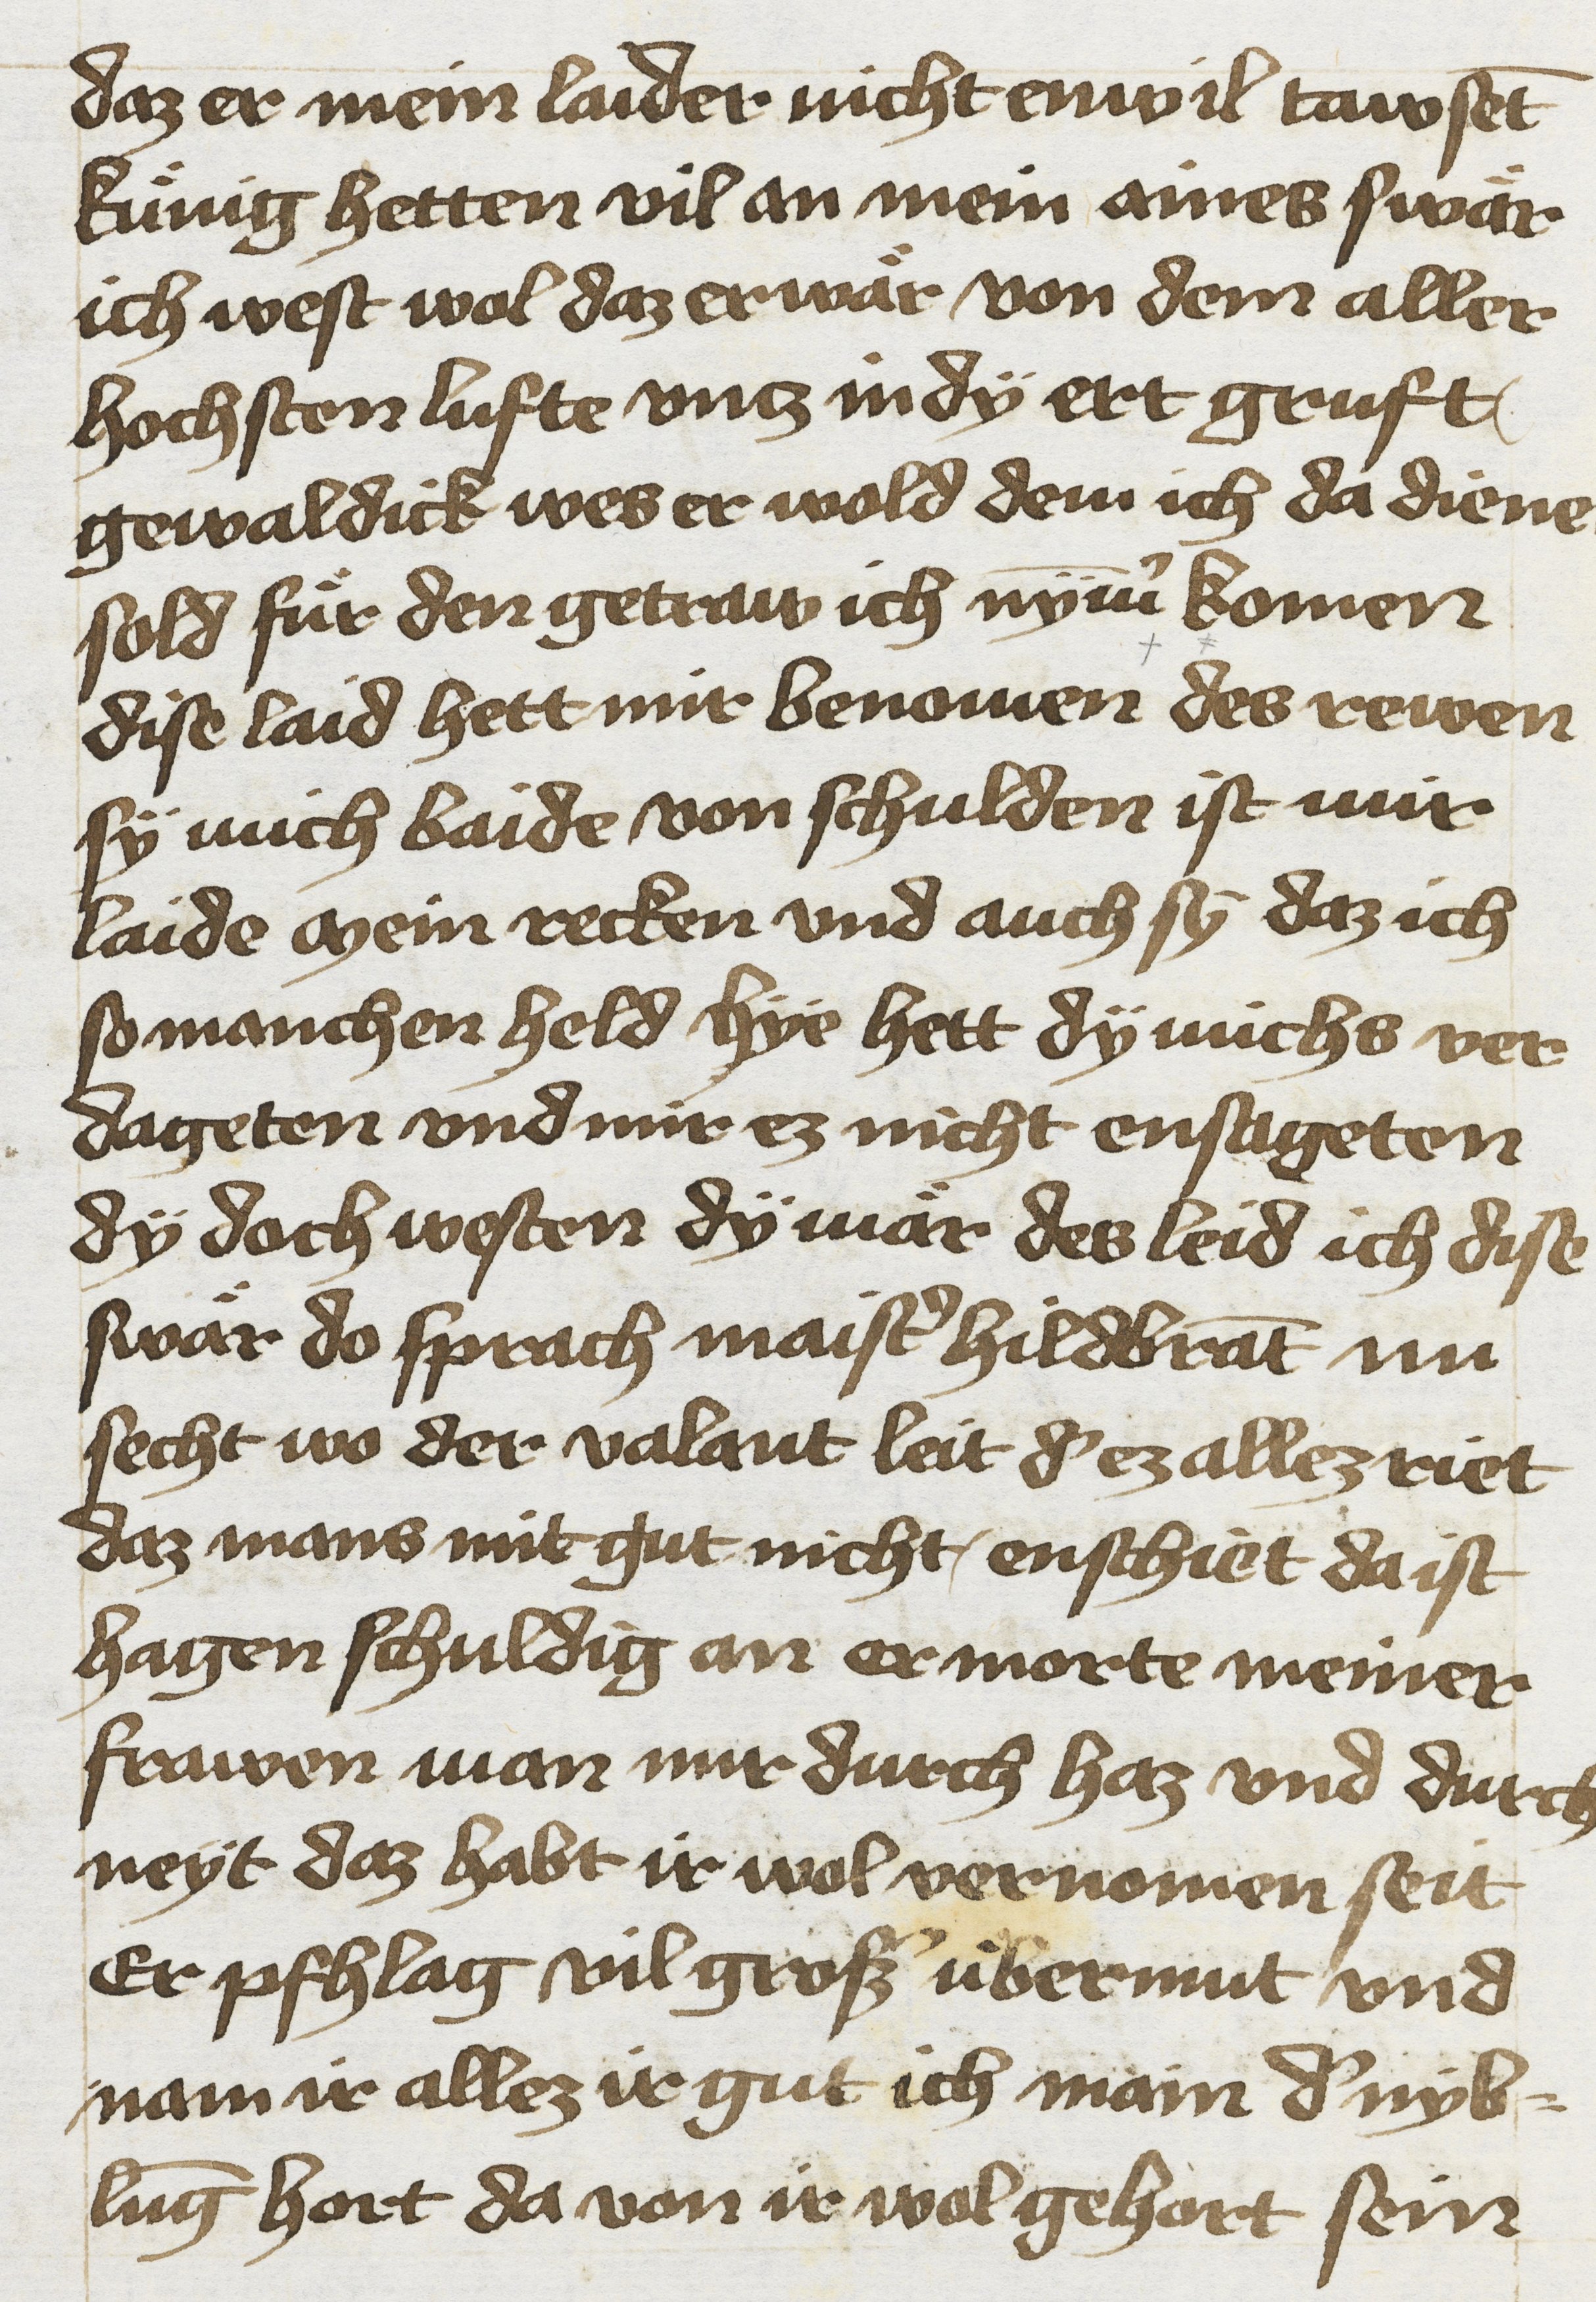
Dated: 1425–1449